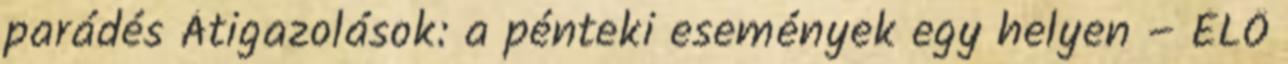
parádés Átigazolások: a pénteki események egy helyen – ÉLŐ